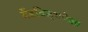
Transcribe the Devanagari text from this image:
बँडविड्थपेक्षा